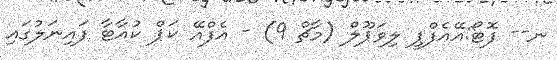
ނ-- ފޮޓޯ:އޭއެފްޕީ ލިވަޕޫލް (މާޗް 9) - އެފްއޭ ކަޕް ކުއާޓާ ފައިނަލުގައި